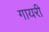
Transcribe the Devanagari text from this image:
गायरी